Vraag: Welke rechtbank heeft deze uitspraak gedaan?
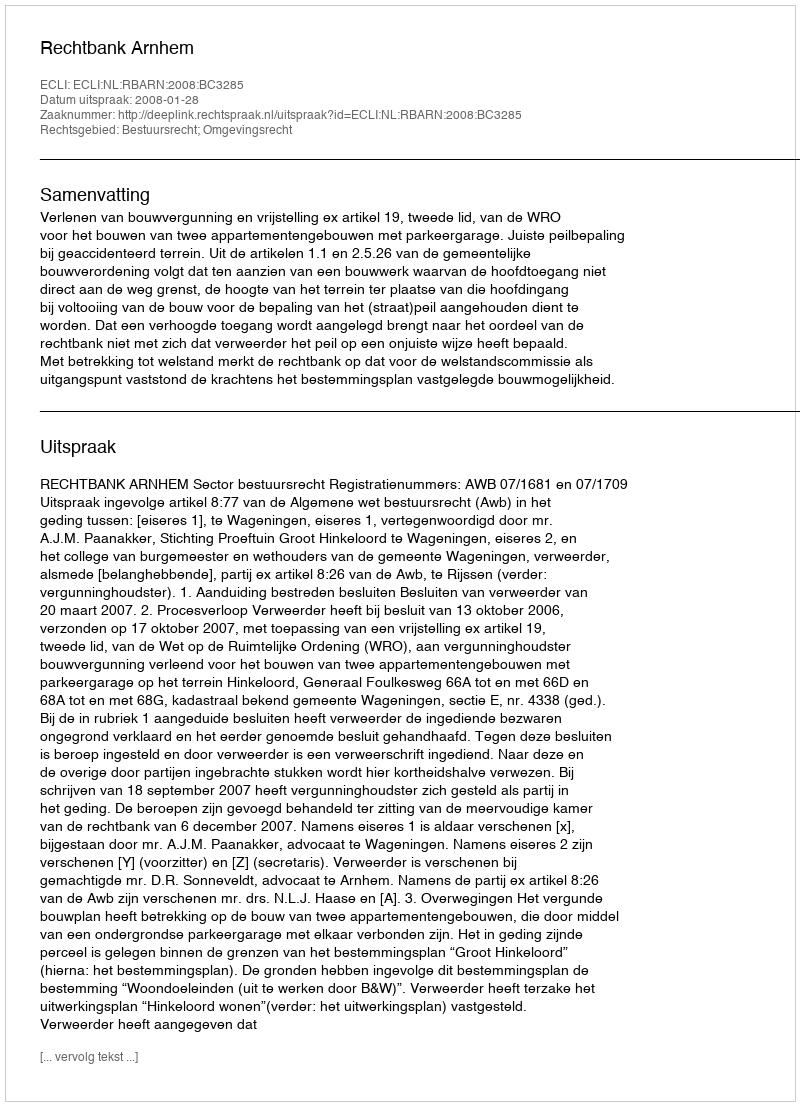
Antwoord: Rechtbank Arnhem